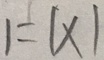
1 = 1 \times 1